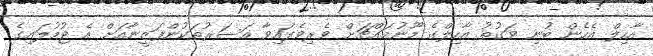
އާހިލް އެހެން ބުނި ވަގުތު އާހިލްގެ މޫނުމައްޗަށް ވެރިވެފައިވާ އަސަރުތަކުންފަޒީނާއަށް އެ ޖުމުލައިގެ